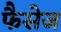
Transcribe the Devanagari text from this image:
फैसेज